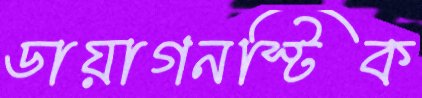
ডায়াগনস্টিক